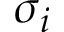
\sigma _ { i }